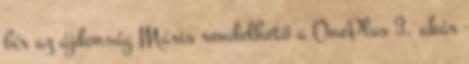
bír az újdonság Máris rendelhető a OnePlus 3, akár